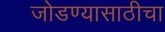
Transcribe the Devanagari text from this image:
जोडण्यासाठीचा